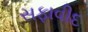
સફાવીદ